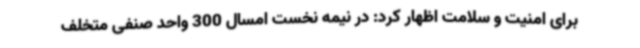
برای امنیت و سلامت اظهار کرد: در نیمه نخست امسال 300 واحد صنفی متخلف